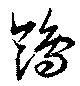
鴒